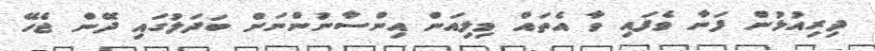
ދިރިއުޅުން ފަނާ ވެފައި ވާ އެތައް މިލިއަން އިންސާނުންނަށް ބަދަލުގައި ދޭން ޖެހޭ